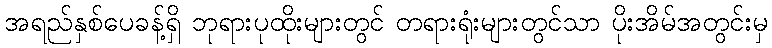
အရည်နှစ်ပေခန့်ရှိ ဘုရားပုထိုးများတွင် တရားရုံးများတွင်သာ ပိုးအိမ်အတွင်းမှ